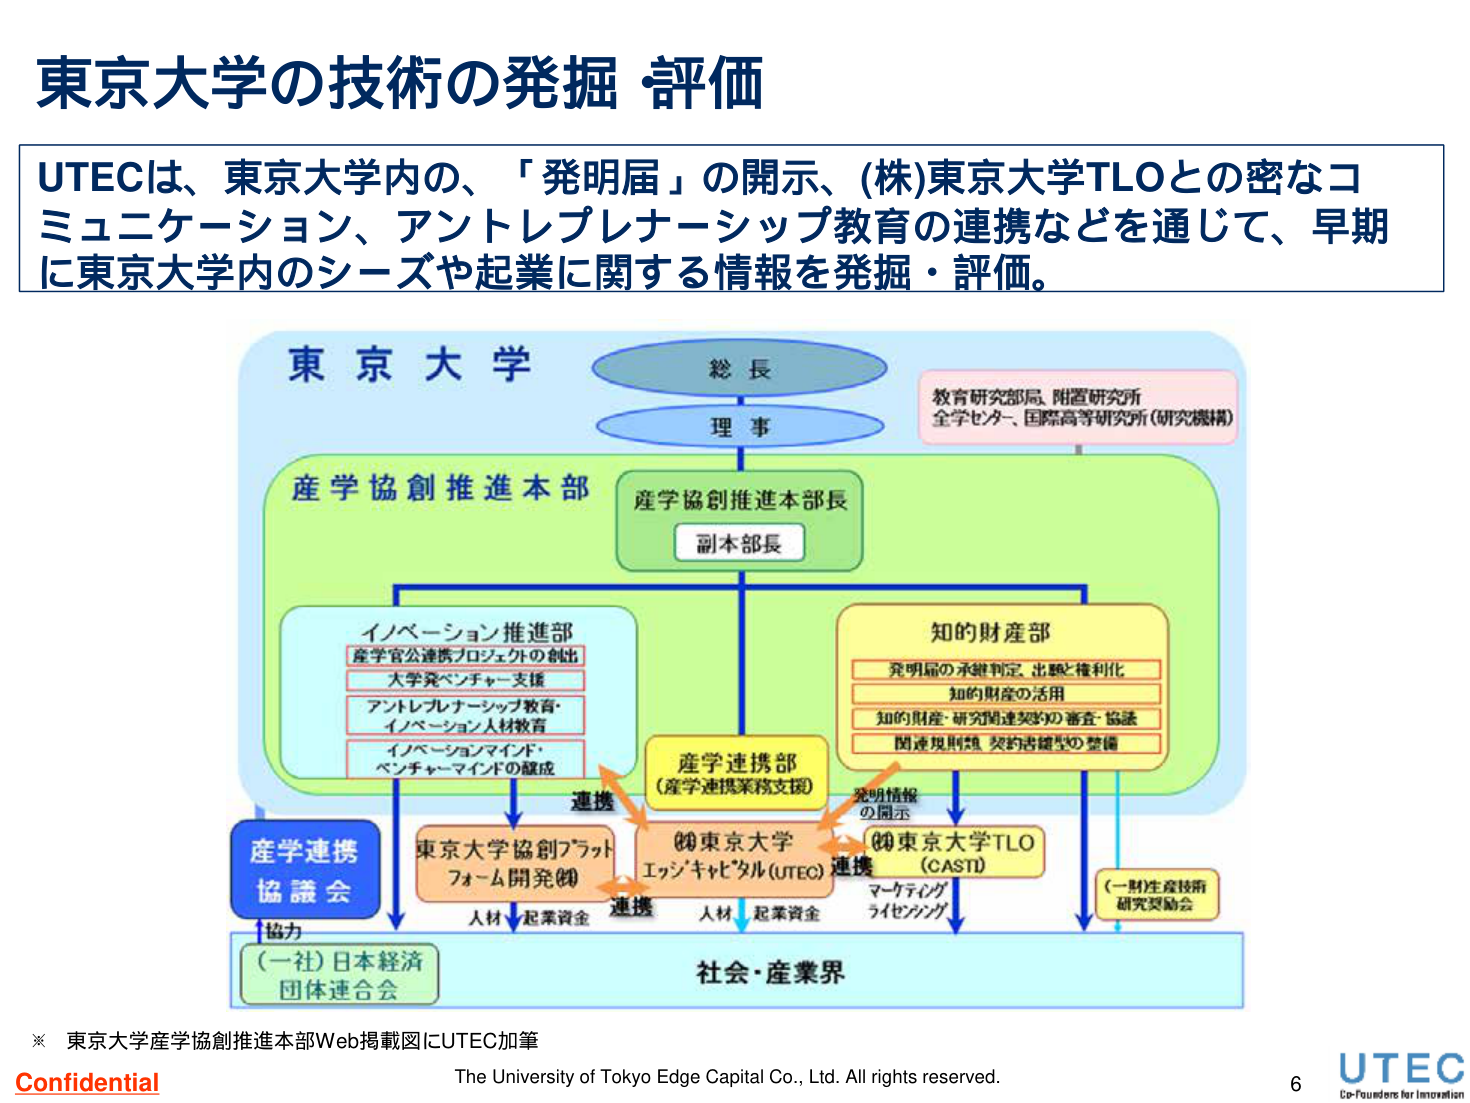
東京大学の技術の発掘・評価

UTECは、東京大学内の、「発明届」の開示、(株)東京大学TLOとの密なコミュニケーション、アントレプレナーシップ教育の連携などを通じて、早期に東京大学内のシーズや起業に関する情報を発掘・評価。

東京大学
総長
理事
教育研究部局、附置研究所
全学センター、国際高等研究所（研究機構）

産学協創推進本部
産学協創推進本部長
副本部長

イノベーション推進部
産学官公連携プロジェクトの創出
大学発ベンチャー支援
アントレプレナーシップ教育・
イノベーション人材教育
イノベーションマインド・
ベンチャーマインドの醸成

知的財産部
発明届の承継判定、出願・権利化
知的財産の活用
知的財産・研究関連契約の審査・協議
関連規則類、契約書雛型の整備

産学連携部
（産学連携業務支援）

発明情報
の開示

産学連携
協議会

東京大学協創プラット
フォーム開発(株)

(株)東京大学
エッジキャピタル（UTEC）

(株)東京大学TLO
（CASTI）

マーケティング
ライセンシング

(一財)生産技術
研究奨励会

協力
(一社)日本経済
団体連合会

人材 起業資金
人材 起業資金

連携
連携

社会・産業界

※ 東京大学産学協創推進本部Web掲載図にUTEC加筆

Confidential
The University of Tokyo Edge Capital Co., Ltd. All rights reserved.
6
UTEC
Co-Founders for Innovation